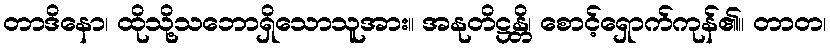
တာဒိနော၊ ထိုသို့သဘောရှိသောသူအား။ အနုတိဋ္ဌန္တိ၊ စောင့်ရှောက်ကုန်၏။ တာတ၊